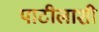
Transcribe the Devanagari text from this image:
पाटीलाशी